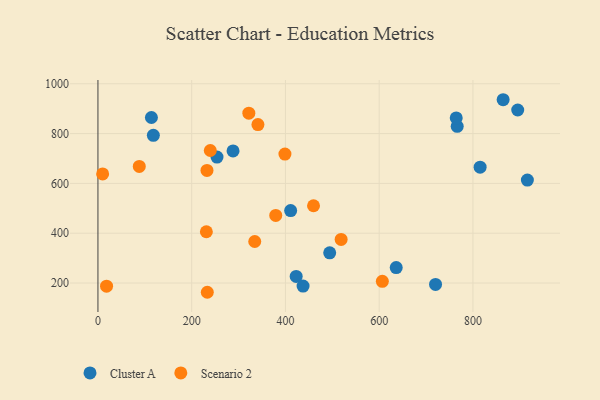
{"axis": {"x": "Price", "y": "Yield"}, "legend": ["Cluster A", "Scenario 2"], "data": [{"x": "766.4", "y": 829.0, "type": "Cluster A"}, {"x": "114.1", "y": 864.5, "type": "Cluster A"}, {"x": "288.2", "y": 730.2, "type": "Cluster A"}, {"x": "254.0", "y": 705.5, "type": "Cluster A"}, {"x": "720.2", "y": 194.4, "type": "Cluster A"}, {"x": "118.2", "y": 793.1, "type": "Cluster A"}, {"x": "422.9", "y": 226.5, "type": "Cluster A"}, {"x": "494.4", "y": 321.1, "type": "Cluster A"}, {"x": "864.4", "y": 935.9, "type": "Cluster A"}, {"x": "895.5", "y": 894.6, "type": "Cluster A"}, {"x": "815.3", "y": 665.2, "type": "Cluster A"}, {"x": "764.3", "y": 862.9, "type": "Cluster A"}, {"x": "916.1", "y": 613.2, "type": "Cluster A"}, {"x": "437.6", "y": 187.9, "type": "Cluster A"}, {"x": "636.3", "y": 262.2, "type": "Cluster A"}, {"x": "411.1", "y": 490.7, "type": "Cluster A"}, {"x": "88.2", "y": 668.2, "type": "Scenario 2"}, {"x": "321.9", "y": 882.0, "type": "Scenario 2"}, {"x": "518.8", "y": 375.1, "type": "Scenario 2"}, {"x": "232.6", "y": 651.9, "type": "Scenario 2"}, {"x": "10.0", "y": 638.2, "type": "Scenario 2"}, {"x": "379.3", "y": 471.5, "type": "Scenario 2"}, {"x": "341.3", "y": 836.1, "type": "Scenario 2"}, {"x": "18.4", "y": 187.4, "type": "Scenario 2"}, {"x": "233.3", "y": 162.9, "type": "Scenario 2"}, {"x": "239.7", "y": 732.1, "type": "Scenario 2"}, {"x": "398.9", "y": 717.7, "type": "Scenario 2"}, {"x": "606.7", "y": 206.9, "type": "Scenario 2"}, {"x": "459.9", "y": 510.3, "type": "Scenario 2"}, {"x": "231.3", "y": 405.9, "type": "Scenario 2"}, {"x": "334.5", "y": 366.8, "type": "Scenario 2"}]}